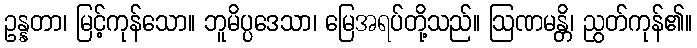
ဥန္နတာ၊ မြင့်ကုန်သော။ ဘူမိပ္ပဒေသာ၊ မြေအရပ်တို့သည်။ ဩဏမန္တိ၊ ညွတ်ကုန်၏။